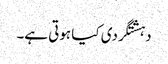
دہشتگردی کیا ہوتی ہے۔